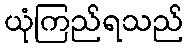
ယုံကြည်ရသည်